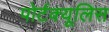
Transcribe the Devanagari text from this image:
पोर्टक्यूलिस